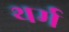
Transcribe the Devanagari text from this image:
थर्म